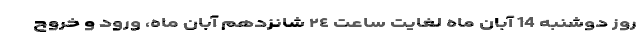
روز دوشنبه 14 آبان ماه لغایت ساعت ٢٤ شانزدهم آبان ماه، ورود و خروج